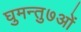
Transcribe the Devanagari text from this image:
घुमन्तु७ओं